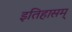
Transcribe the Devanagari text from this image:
इतिहासम्